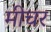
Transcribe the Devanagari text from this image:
मीचर